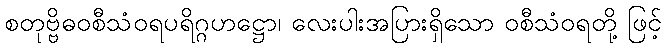
စတုဗ္ဗိဓဝစီသံဝရပရိဂ္ဂဟဋ္ဌော၊ လေးပါးအပြားရှိသော ဝစီသံဝရတို့ ဖြင့်